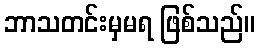
ဘာသတင်းမှမရ ဖြစ်သည်။